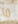
ما